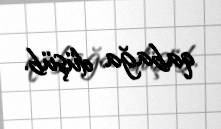
qabağa düşüb.